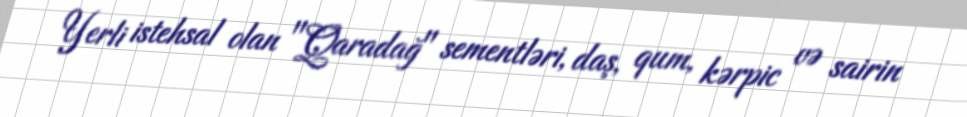
Yerli istehsal olan "Qaradağ" sementləri, daş, qum, kərpic və sairin